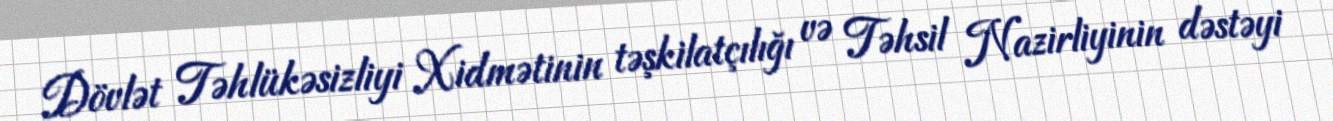
Dövlət Təhlükəsizliyi Xidmətinin təşkilatçılığı və Təhsil Nazirliyinin dəstəyi